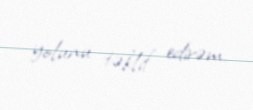
yolunu təklif edirəm.